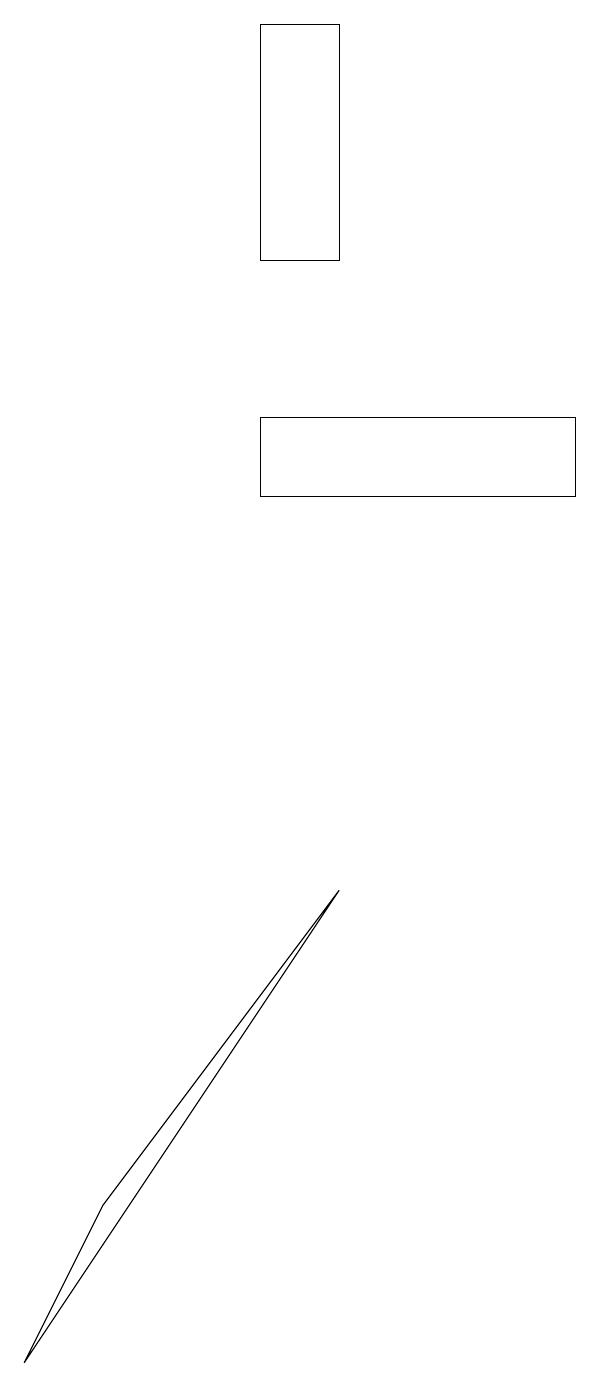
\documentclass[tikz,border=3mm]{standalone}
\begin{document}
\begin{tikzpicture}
\draw (4,12) rectangle (8,13);
\draw (4,15) rectangle (5,18);
\draw (1,1) -- (5,7) -- (2,3) -- cycle;
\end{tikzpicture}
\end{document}